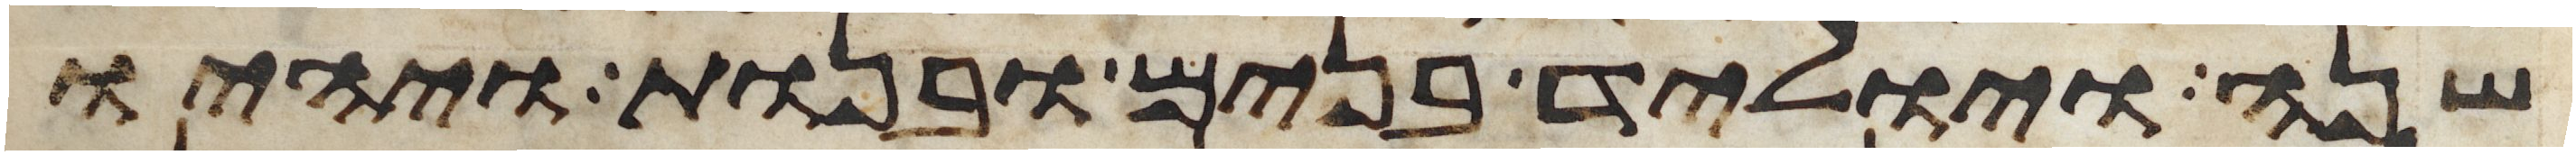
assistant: שנה ויוליד בנים ובנות ויהיו